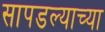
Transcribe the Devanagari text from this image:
सापडल्याच्या